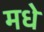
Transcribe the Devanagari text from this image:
मधे